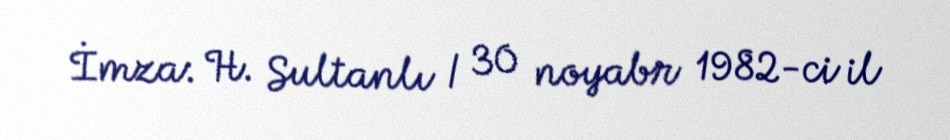
İmza: H. Sultanlı / 30 noyabr 1982-ci il